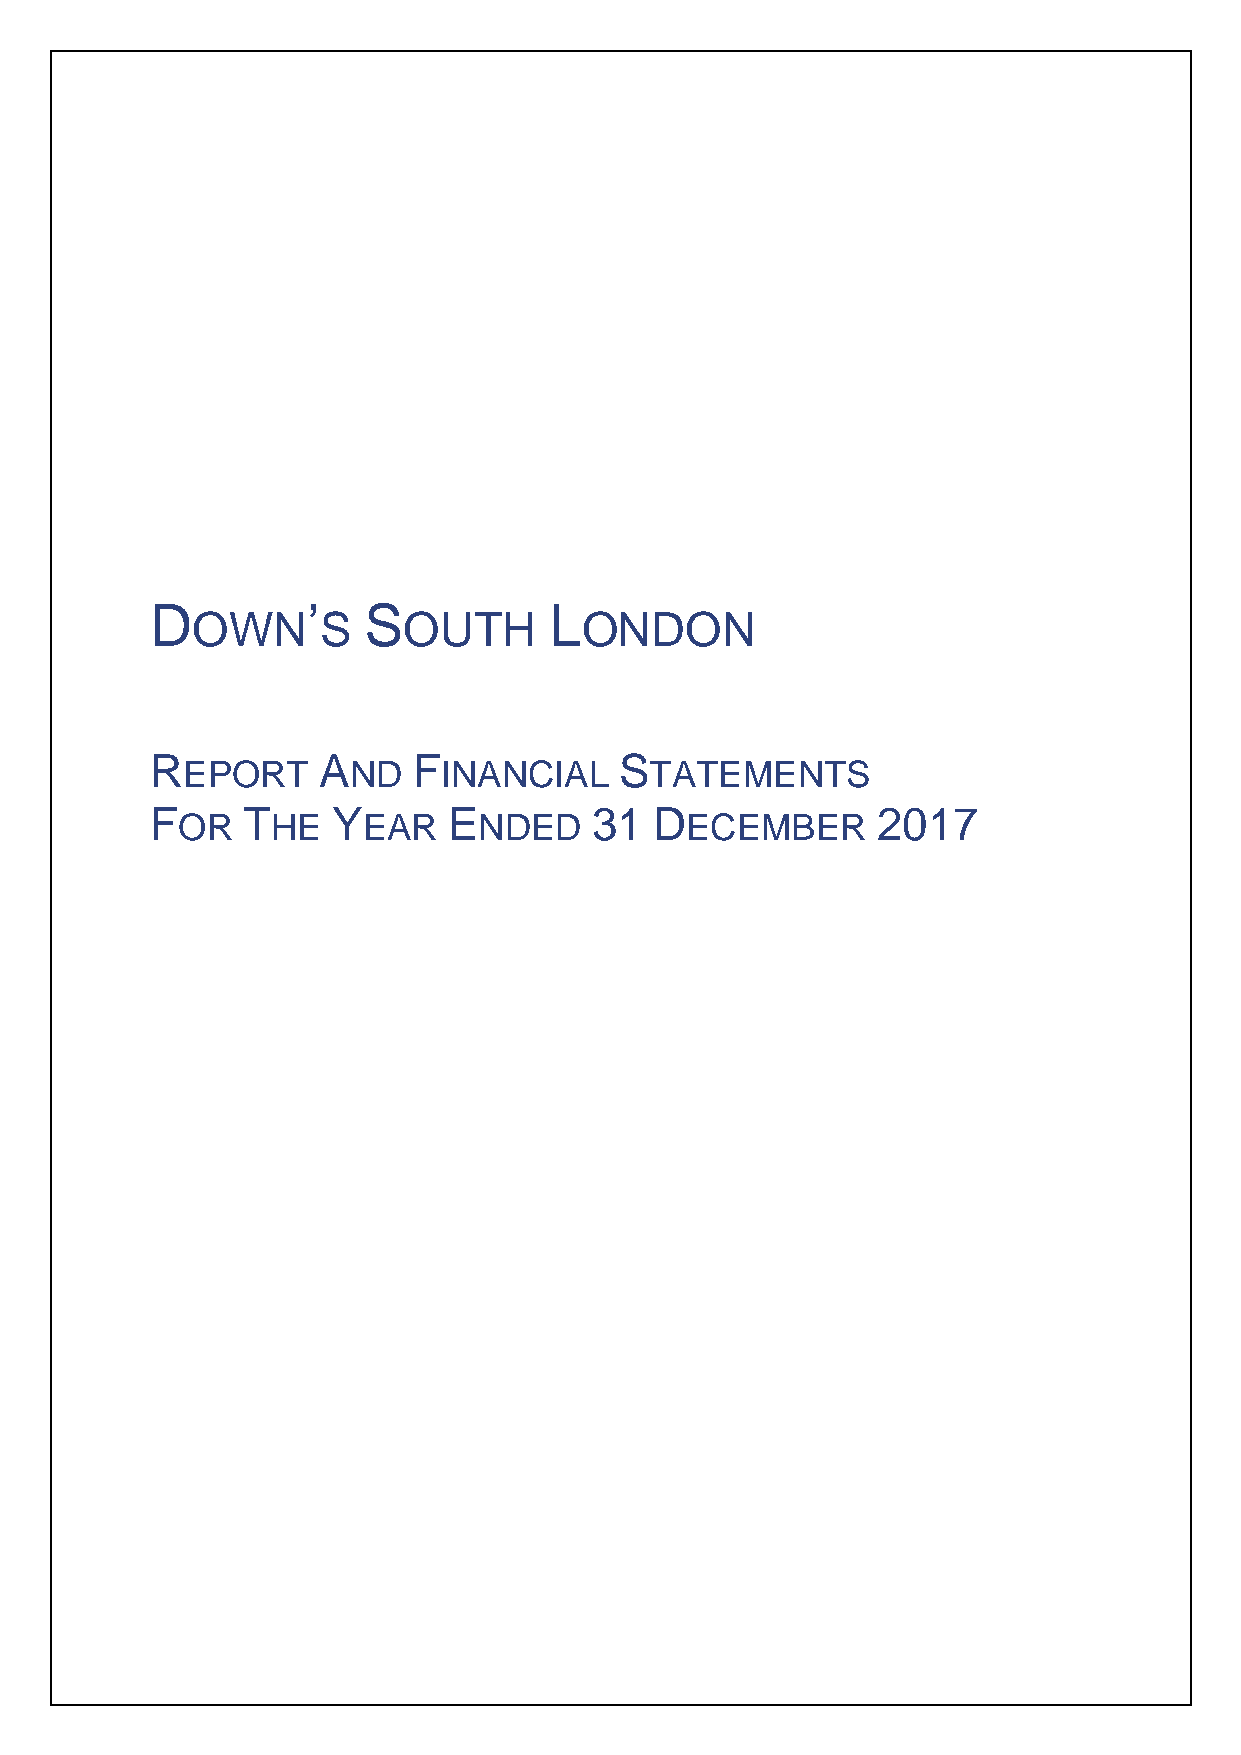
D         ’   S           L
 OWN     S     OUTH       ONDON
 R          A     F             S
 EPORT      ND    INANCIAL      TATEMENTS
 F     T     Y       E        31  D              2017
 OR    HE    EAR     NDED         ECEMBER